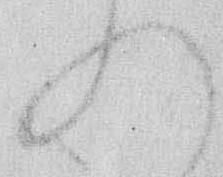
れ